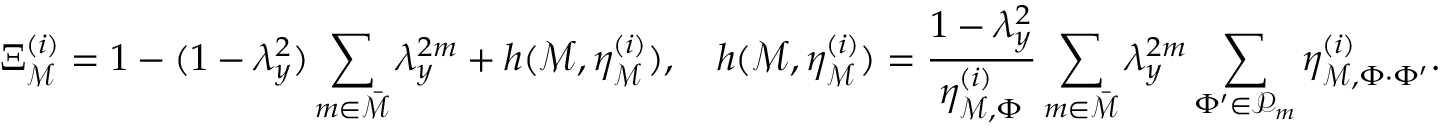
\Xi _ { \mathcal { M } } ^ { ( i ) } = 1 - ( 1 - \lambda _ { y } ^ { 2 } ) \sum _ { m \in \bar { \mathcal { M } } } \lambda _ { y } ^ { 2 m } + h ( \mathcal { M } , \eta _ { \mathcal { M } } ^ { ( i ) } ) , \quad h ( \mathcal { M } , \eta _ { \mathcal { M } } ^ { ( i ) } ) = \frac { 1 - \lambda _ { y } ^ { 2 } } { \eta _ { \mathcal { M } , \Phi } ^ { ( i ) } } \sum _ { m \in \bar { \mathcal { M } } } \lambda _ { y } ^ { 2 m } \sum _ { \Phi ^ { \prime } \in \mathcal { P } _ { m } } \eta _ { \mathcal { M } , \Phi \cdot \Phi ^ { \prime } } ^ { ( i ) } .